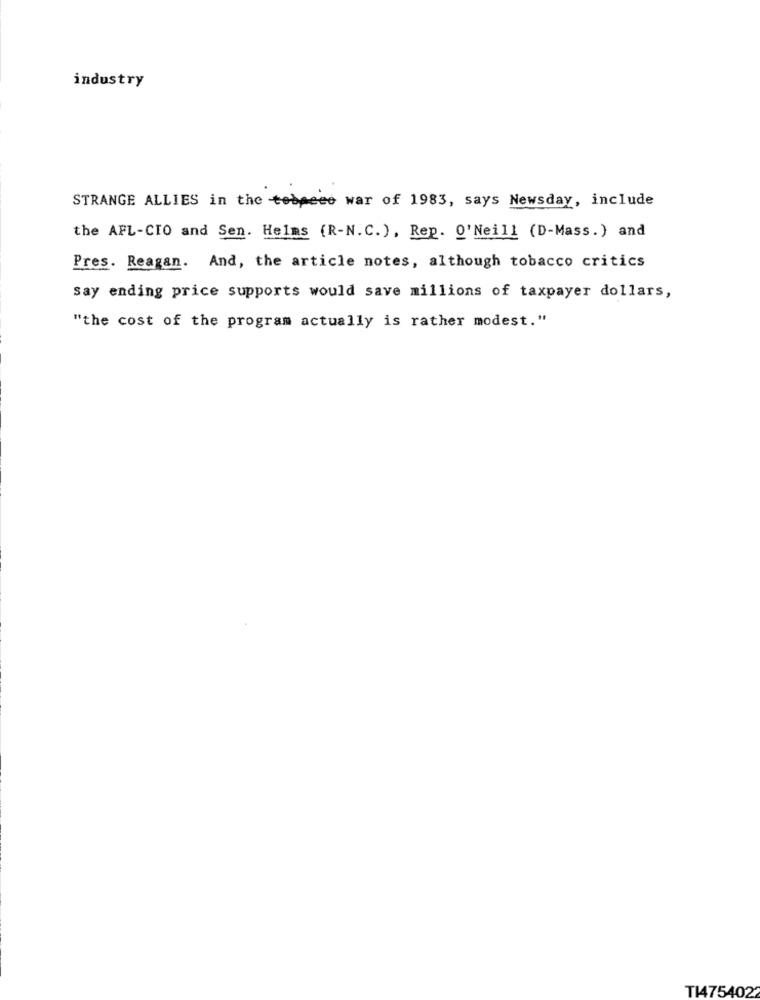
industry
STRANGE ALLIES in the tobeee war of 1983, says Newsday, include
the AFL-CIO and Sen. Helms (R-N.C.), Rep. 0'Neill (D-Mass.) and
Pres. Reagan. And, the article notes, although tobacco critics
say ending price supports would save millions of taxpayer dollars,
"the cost of the program actually is rather modest."
T14754022